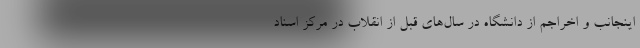
اینجانب و اخراجم از دانشگاه در سال‌های قبل از انقلاب در مرکز اسناد